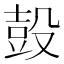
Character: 𰚃